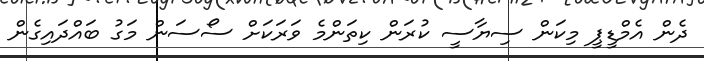
ދެން އެމްޑީޕީ މިކަން ސިޔާސީ ކުރަން ކިތަންމެ ވަރަކަށް ސޯސަން މަގު ބައްދައިގެން